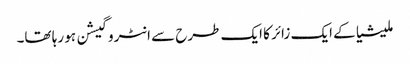
ملیشیا کے ایک زائر کا ایک طرح سے انٹروگیشن ہو رہا تھا۔